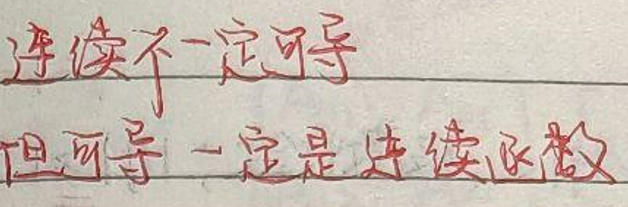
连续不一定可导，但可导一定是连续函数